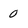
Character: 0